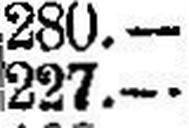
227.—